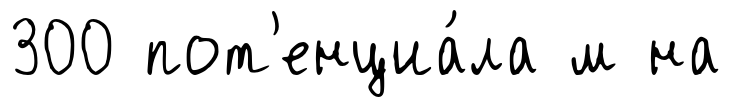
300 пот'енциа́ла м на